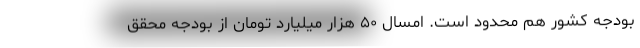
بودجه کشور هم محدود است. امسال ۵۰ هزار میلیارد تومان از بودجه محقق